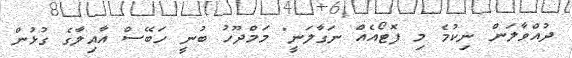
ދުއްވާލަން ނިކުމެ މި ފޮޓޯއެއް ނަގާލަނީ" މަމްދޫހު ބުނީ ހަބޭސް އާއިލާގެ ގުޅުން